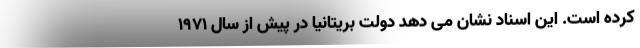
کرده است. این اسناد نشان می دهد دولت بریتانیا در پیش از سال 1971